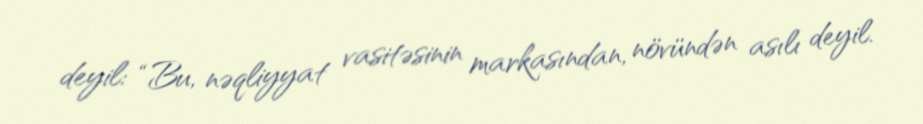
deyil: “Bu, nəqliyyat vasitəsinin markasından, növündən asılı deyil.